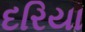
દરિયા